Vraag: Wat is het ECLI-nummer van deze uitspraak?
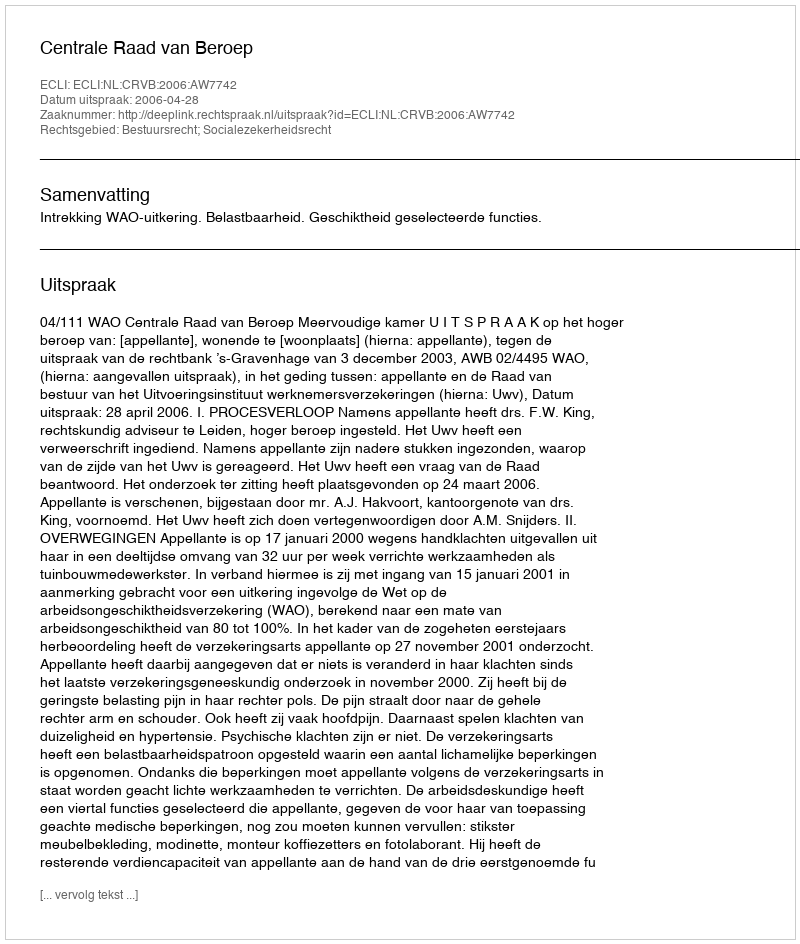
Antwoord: ECLI:NL:CRVB:2006:AW7742